Scottish Leaving Certificate Examination, 1952
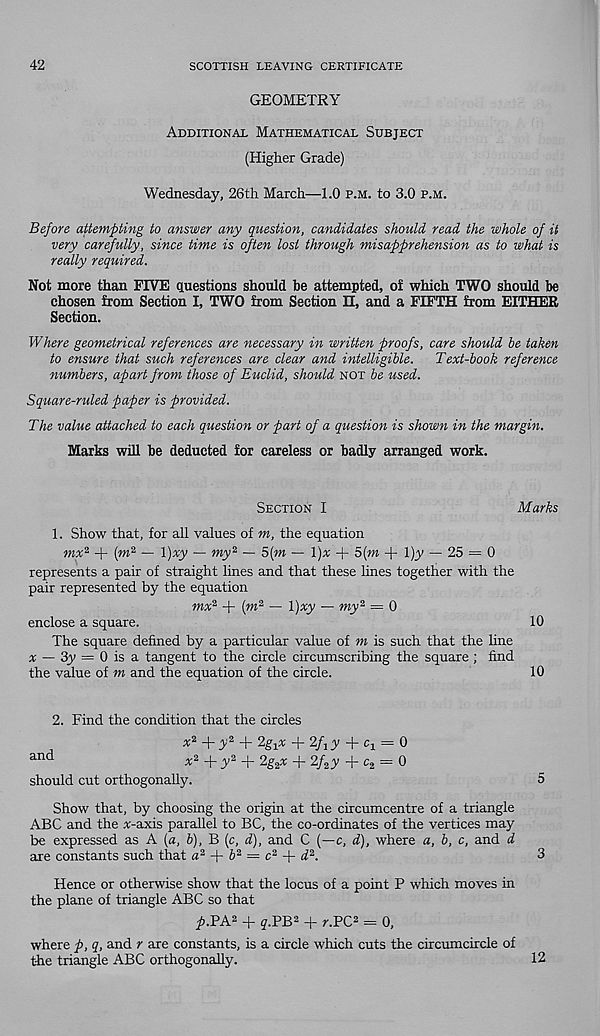
42
SCOTTISH LEAVING CERTIFICATE
GEOMETRY
Additional Mathematical Subject
(Higher Grade)
Wednesday, 26th March—1.0 p.m. to 3.0 p.m.
Before attempting to answer any question, candidates should read the whole of it
very carefully, since time is often lost through misapprehension as to what is
really required.
Not more than FIVE questions should be attempted, of which TWO should be
chosen from Section I, TWO from Section EL, and a FIFTH from EITHER
Section.
Where geometrical references are necessary in written proofs, care should he taken
to ensure that such references are clear and intelligille. Text-book reference
numbers, apart from those of Euclid, should not be used.
Square-ruled paper is provided.
The value attached to each question or part of a question is shown in the margin.
Marks will be deducted for careless or badly arranged work.
Section I
Marks
1. Show that, for all values of m, the equation
mx 2 -T (m 2 — \)xy — my 2 — 5(m — l)x + 5(m + l)y — 25 = 0
represents a pair of straight lines and that these lines together with the
pair represented by the equation
mx 2 + (w 2 — l)xy — my 2 = 0
enclose a square.
10
The square defined by a particular value of m is such that the line
% — 3y = 0 is a tangent to the circle circumscribing the square ; find
the value of m and the equation of the circle.
10
2. Find the condition that the circles
+ y 2 + 2g ± x + 2/jy + Ci = 0
and
* 2 + y 2 + 2g 2 x + 2/ 2 y + c 2 = 0
should cut orthogonally.
5
Show that, by choosing the origin at the circumcentre of a triangle
ABC and the %-axis parallel to BC, the co-ordinates of the vertices may
be expressed as A (a, b), B (c, d), and C (—c, d), where a, b, c, and d
are constants such that a 2 b 2 — c 2 d 2 .
3
Hence or otherwise show that the locus of a point P which moves in
the plane of triangle ABC so that
p.VA 2 + ? .PB 2 + r.PC 2 = 0,
where p, q, and r are constants, is a circle which cuts the circumcircle of
the triangle ABC orthogonally.
12